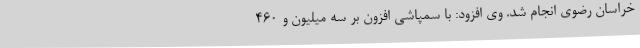
خراسان رضوی انجام شد. وی افزود: با سمپاشی افزون بر سه میلیون و ۴۶۰